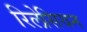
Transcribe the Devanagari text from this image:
रिलेसियन